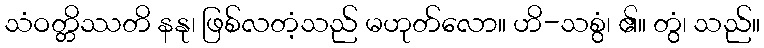
သံဝတ္တိဿတိ နနု၊ ဖြစ်လတံ့သည် မဟုတ်လော။ ဟိ-သစွံ၊ ၏။ တွံ၊ သည်။